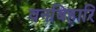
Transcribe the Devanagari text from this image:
वनबिहारि